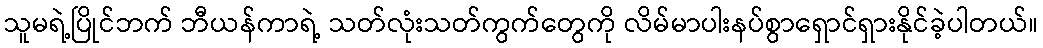
သူမရဲ့ပြိုင်ဘက် ဘီယန်ကာရဲ့ သတ်လုံးသတ်ကွက်တွေကို လိမ်မာပါးနပ်စွာရှောင်ရှားနိုင်ခဲ့ပါတယ်။